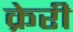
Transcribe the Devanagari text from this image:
क्रेरी